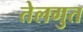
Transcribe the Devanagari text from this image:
तेलगुत